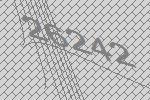
26242